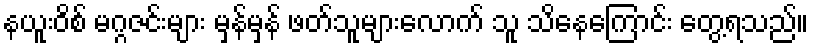
နယူးဝိစ် မဂ္ဂဇင်းများ မှန်မှန် ဖတ်သူများလောက် သူ သိနေကြောင်း တွေ့ရသည်။